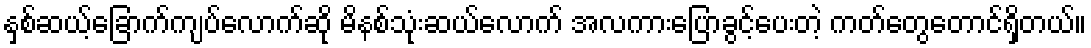
နှစ်ဆယ့်ခြောက်ကျပ်လောက်ဆို မိနစ်သုံးဆယ်လောက် အလကားပြောခွင့်ပေးတဲ့ ကတ်တွေတောင်ရှိတယ်။